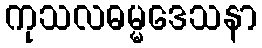
ကုသလဓမ္မဒေသနာ